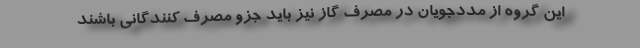
این گروه از مددجویان در مصرف گاز نیز باید جزو مصرف کنندگانی باشند